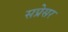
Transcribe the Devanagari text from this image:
सप्रेसर